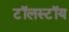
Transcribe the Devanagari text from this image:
टॉलस्‍टॉय